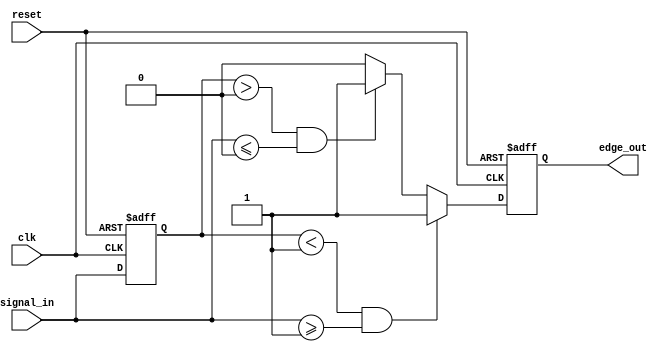
module SchmittTriggerEdgeDetector (
    input wire clk,            // Clock input
    input wire reset,          // Reset input
    input wire signal_in,      // Input signal
    output reg edge_out        // Output edge signal
);

    // Define thresholds for hysteresis
    parameter TH_POS = 1;     // Upper threshold for rising edge detection
    parameter TH_NEG = 0;     // Lower threshold for falling edge detection

    reg prev_state;           // Memory element to store the previous state

    // Edge detection logic
    always @(posedge clk or posedge reset) begin
        if (reset) begin
            prev_state <= 1'b0; // Reset previous state
            edge_out <= 1'b0;    // Reset output edge signal
        end else begin
            // Edge detection logic
            if (prev_state < TH_POS && signal_in >= TH_POS) begin
                edge_out <= 1'b1; // Rising edge detected
            end else if (prev_state > TH_NEG && signal_in <= TH_NEG) begin
                edge_out <= 1'b1; // Falling edge detected
            end else begin
                edge_out <= 1'b0; // No edge detected
            end
            
            // Update previous state
            prev_state <= signal_in;
        end
    end

endmodule